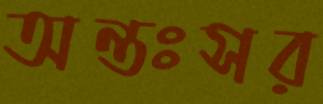
অন্তঃসর